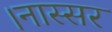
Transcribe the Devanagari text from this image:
।नास्सर